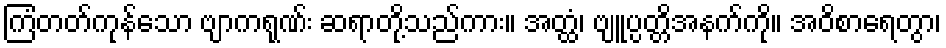
ကြံတတ်ကုန်သော ဗျာကရုဏ်း ဆရာတို့သည်ကား။ အတ္ထံ၊ ဗျူပ္ပတ္တိအနက်ကို။ အဝိစာရေတွာ၊